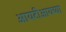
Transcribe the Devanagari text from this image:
आयटीआयच्या